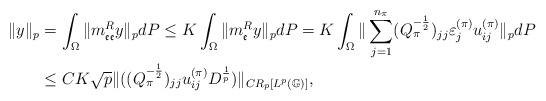
LaTeX: \begin{align*}\|y\|_p& = \int_{\Omega} \|m_{\mathfrak e \mathfrak e}^Ry\|_p dP\leq K \int_{\Omega} \|m_{\mathfrak e}^Ry\|_p dP= K \int_{\Omega} \|\sum_{j=1}^{n_\pi}(Q_\pi^{-\frac{1}{2}})_{jj}\varepsilon_j^{(\pi)}u_{ij}^{(\pi)}\|_p dP \\& \leq CK\sqrt p \|((Q_\pi^{-\frac{1}{2}})_{jj}u_{ij}^{(\pi)}D^{\frac{1}{p}})\|_{CR_p[L^p(\mathbb G)]}, \end{align*}